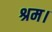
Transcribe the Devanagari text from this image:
श्रम।